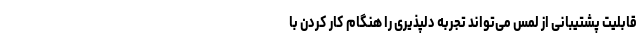
قابلیت پشتیبانی از لمس می‌تواند تجربه دلپذیری را هنگام کار کردن با